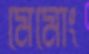
মেমোং